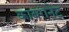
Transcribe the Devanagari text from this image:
काबरोनेट